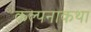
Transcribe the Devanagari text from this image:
कल्पनाकथा